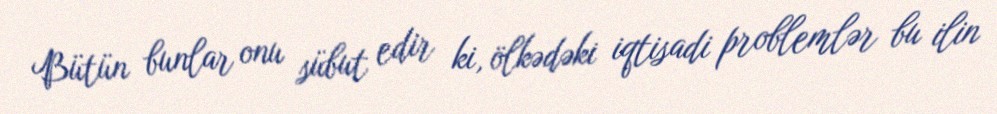
Bütün bunlar onu sübut edir ki, ölkədəki iqtisadi problemlər bu ilin